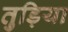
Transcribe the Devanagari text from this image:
तुड़िया